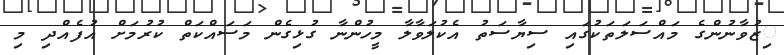
ިޒުވާނުންގެ މައްސަލަތަކުގައި ސިޔާސަތު އެކުލަވާލާ މީހުންނާ ގުޅިގެން މަސައްކަތް ކުރުމަށް އުފެއްދި މި